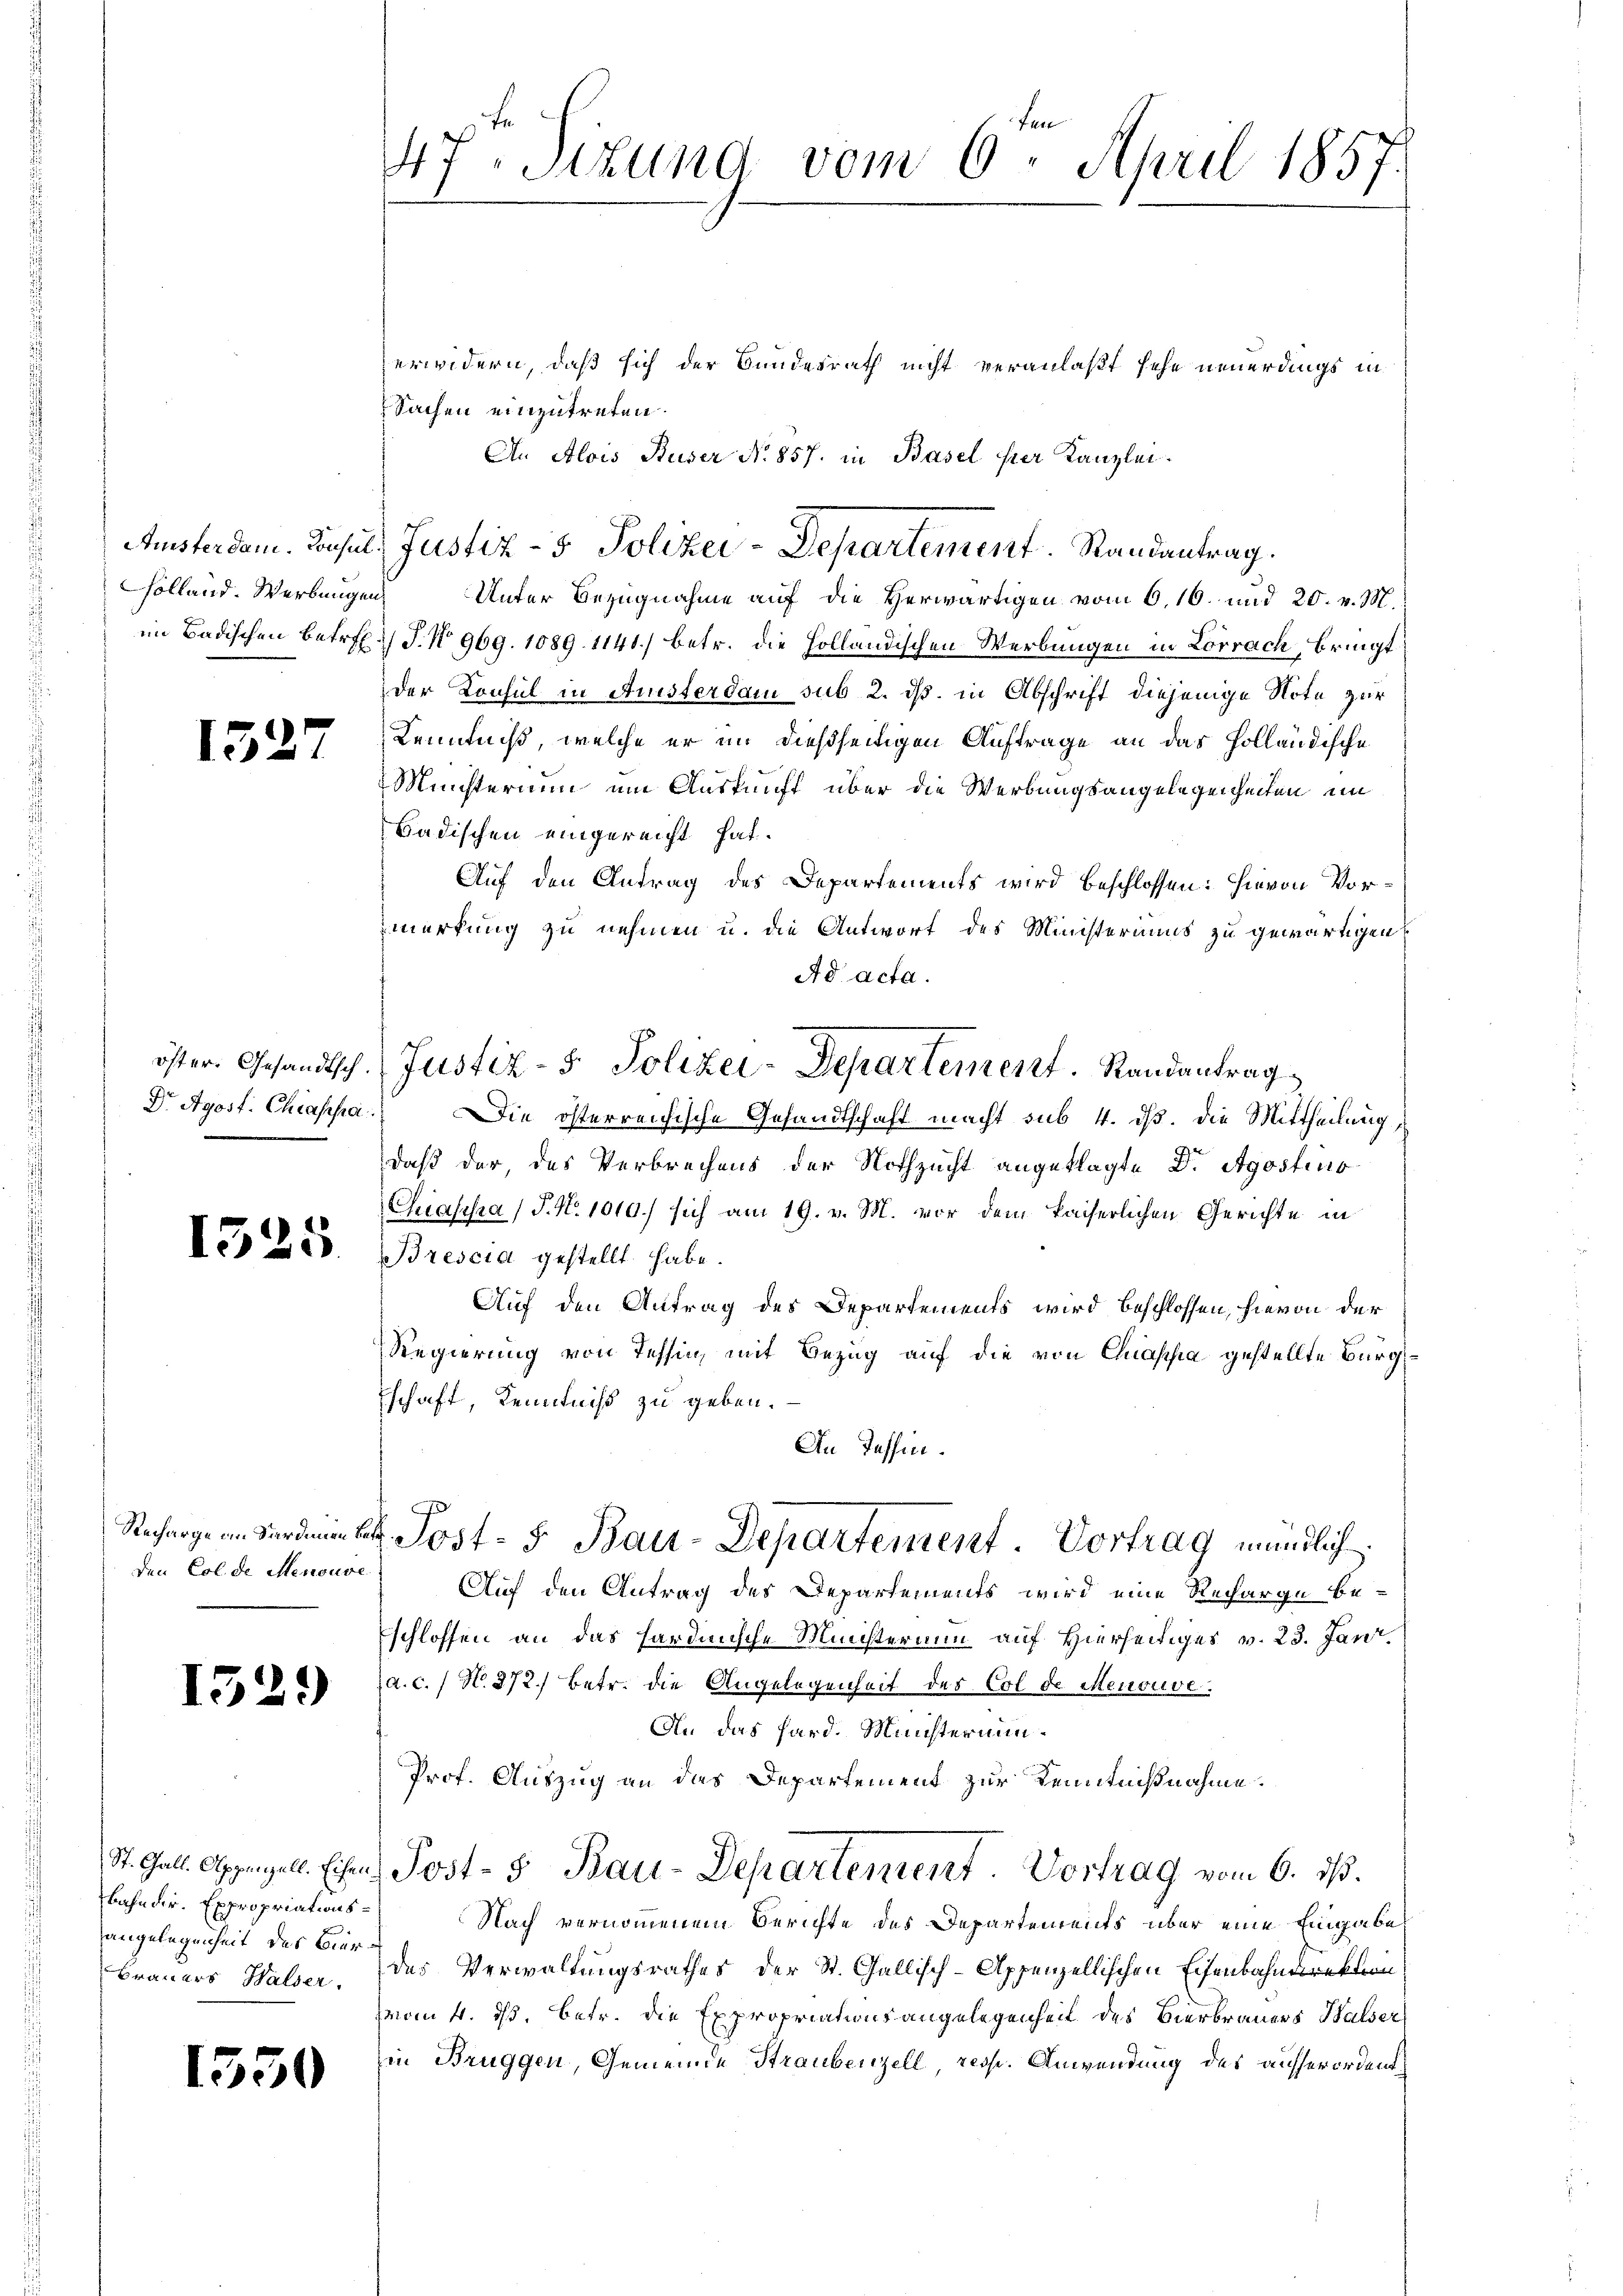
holland. Werbungen
im Badischen Betref¬

152

öster. Gesandtsch.

1525

Recharge an Sardien bei
den Col de Menouve

1529

St. Gall. Appenzell. Eisen.
bahndir. Expropriationsangelegenheit des Bier¬

13.

7

)

47. Sekung vom 6. April 1857.

erwidern, daß sich der Bundesrath nicht veranlaßt sehe neuerdings in
Sachen einzutreten.
An Alois Buser No 857. in Basel ser Kanzlei.
 Unter Bezugnahme auf die Herwärtigen vom 6. 16. und 20. v. M.
/ J. No. 969. 1089. 1141) betr. die Holländischen Werbungen in Lörrach, bringt
der Konsul in Anisterdam sub 2. ds. in Abschrift diejenige Note zur
Kenntniß, welche er im dießseitigen Auftrage an das Holländische
Minsterium um Auskunft über die Werbungsangelegenheiten im
Badischen eingereicht hat.
Auf den Antrag des Departements wird beschlossen: hievon Vormerkung zu nehmen u. die Antwort des Ministeriums zu gewärtigen,
Ad acta.
Dr Apost. Chiappa. Die österreichische Gesandtschaft macht sub 4. dß. die Mittheilung
daß der, das Verbrechens der Nothzucht angeklagte Dr. Agostius
Chrasisia (T. N. 1010.) sich am 19. v. M. vor dem kaiserlichen Gerichte in
Brescia gestellt habe.
Auf den Antrag des Departements wird beschlossen, hievon der
Regierung von Tessin, mit Bezug auf die von Chassa gestellte Bürgschaft, Kenntniß zu geben.
An Tessin.
d. Post- 5. Bau-Departement. Vortrag mündlich.
Auf den Antrag des Departements wird eine Recharge be-
Eschlossen an das hardinische Ministerium auf Hierseitiges v. 23. Jani
a. c. / N. 272. Betr. die Angelegenheit des Col de Menouve
An das Pard. Ministermin¬
Prof. Auszug an das Departement zur Kenntnißnahme.
Post- & Bau-Departement. Vortrag vom 6. ds.
Nach vernommenem Berichte des Departements über eine Eingabe
Brauers Walder, des Verwaltungsrathes der St. Gallisch-Appenzellischen Eisenbahndirektion
vom 4. ds. betr. die Expropriationsangelegenheit des Vierbrauers Halser,
in Bruggen, Gemeinde Straubenzell, resp. Anwendung des ausserordent¬

Austerdam. Consul, Justiz- & Polizei-Departement. Randantrag.

Justiz- & Polizei-Departement. Randantrag